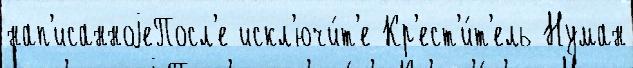
нап'исанноjеПосл'е искл'ючи́т'е Кр'ест'и́т'ель Нуман